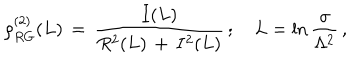
\rho _ { R G } ^ { ( 2 ) } ( L ) \, = \, \frac { I ( L ) } { R ^ { 2 } ( L ) \, + \, I ^ { 2 } ( L ) } \, ; \quad L = \ln \frac { \sigma } { \Lambda ^ { 2 } } \, ,